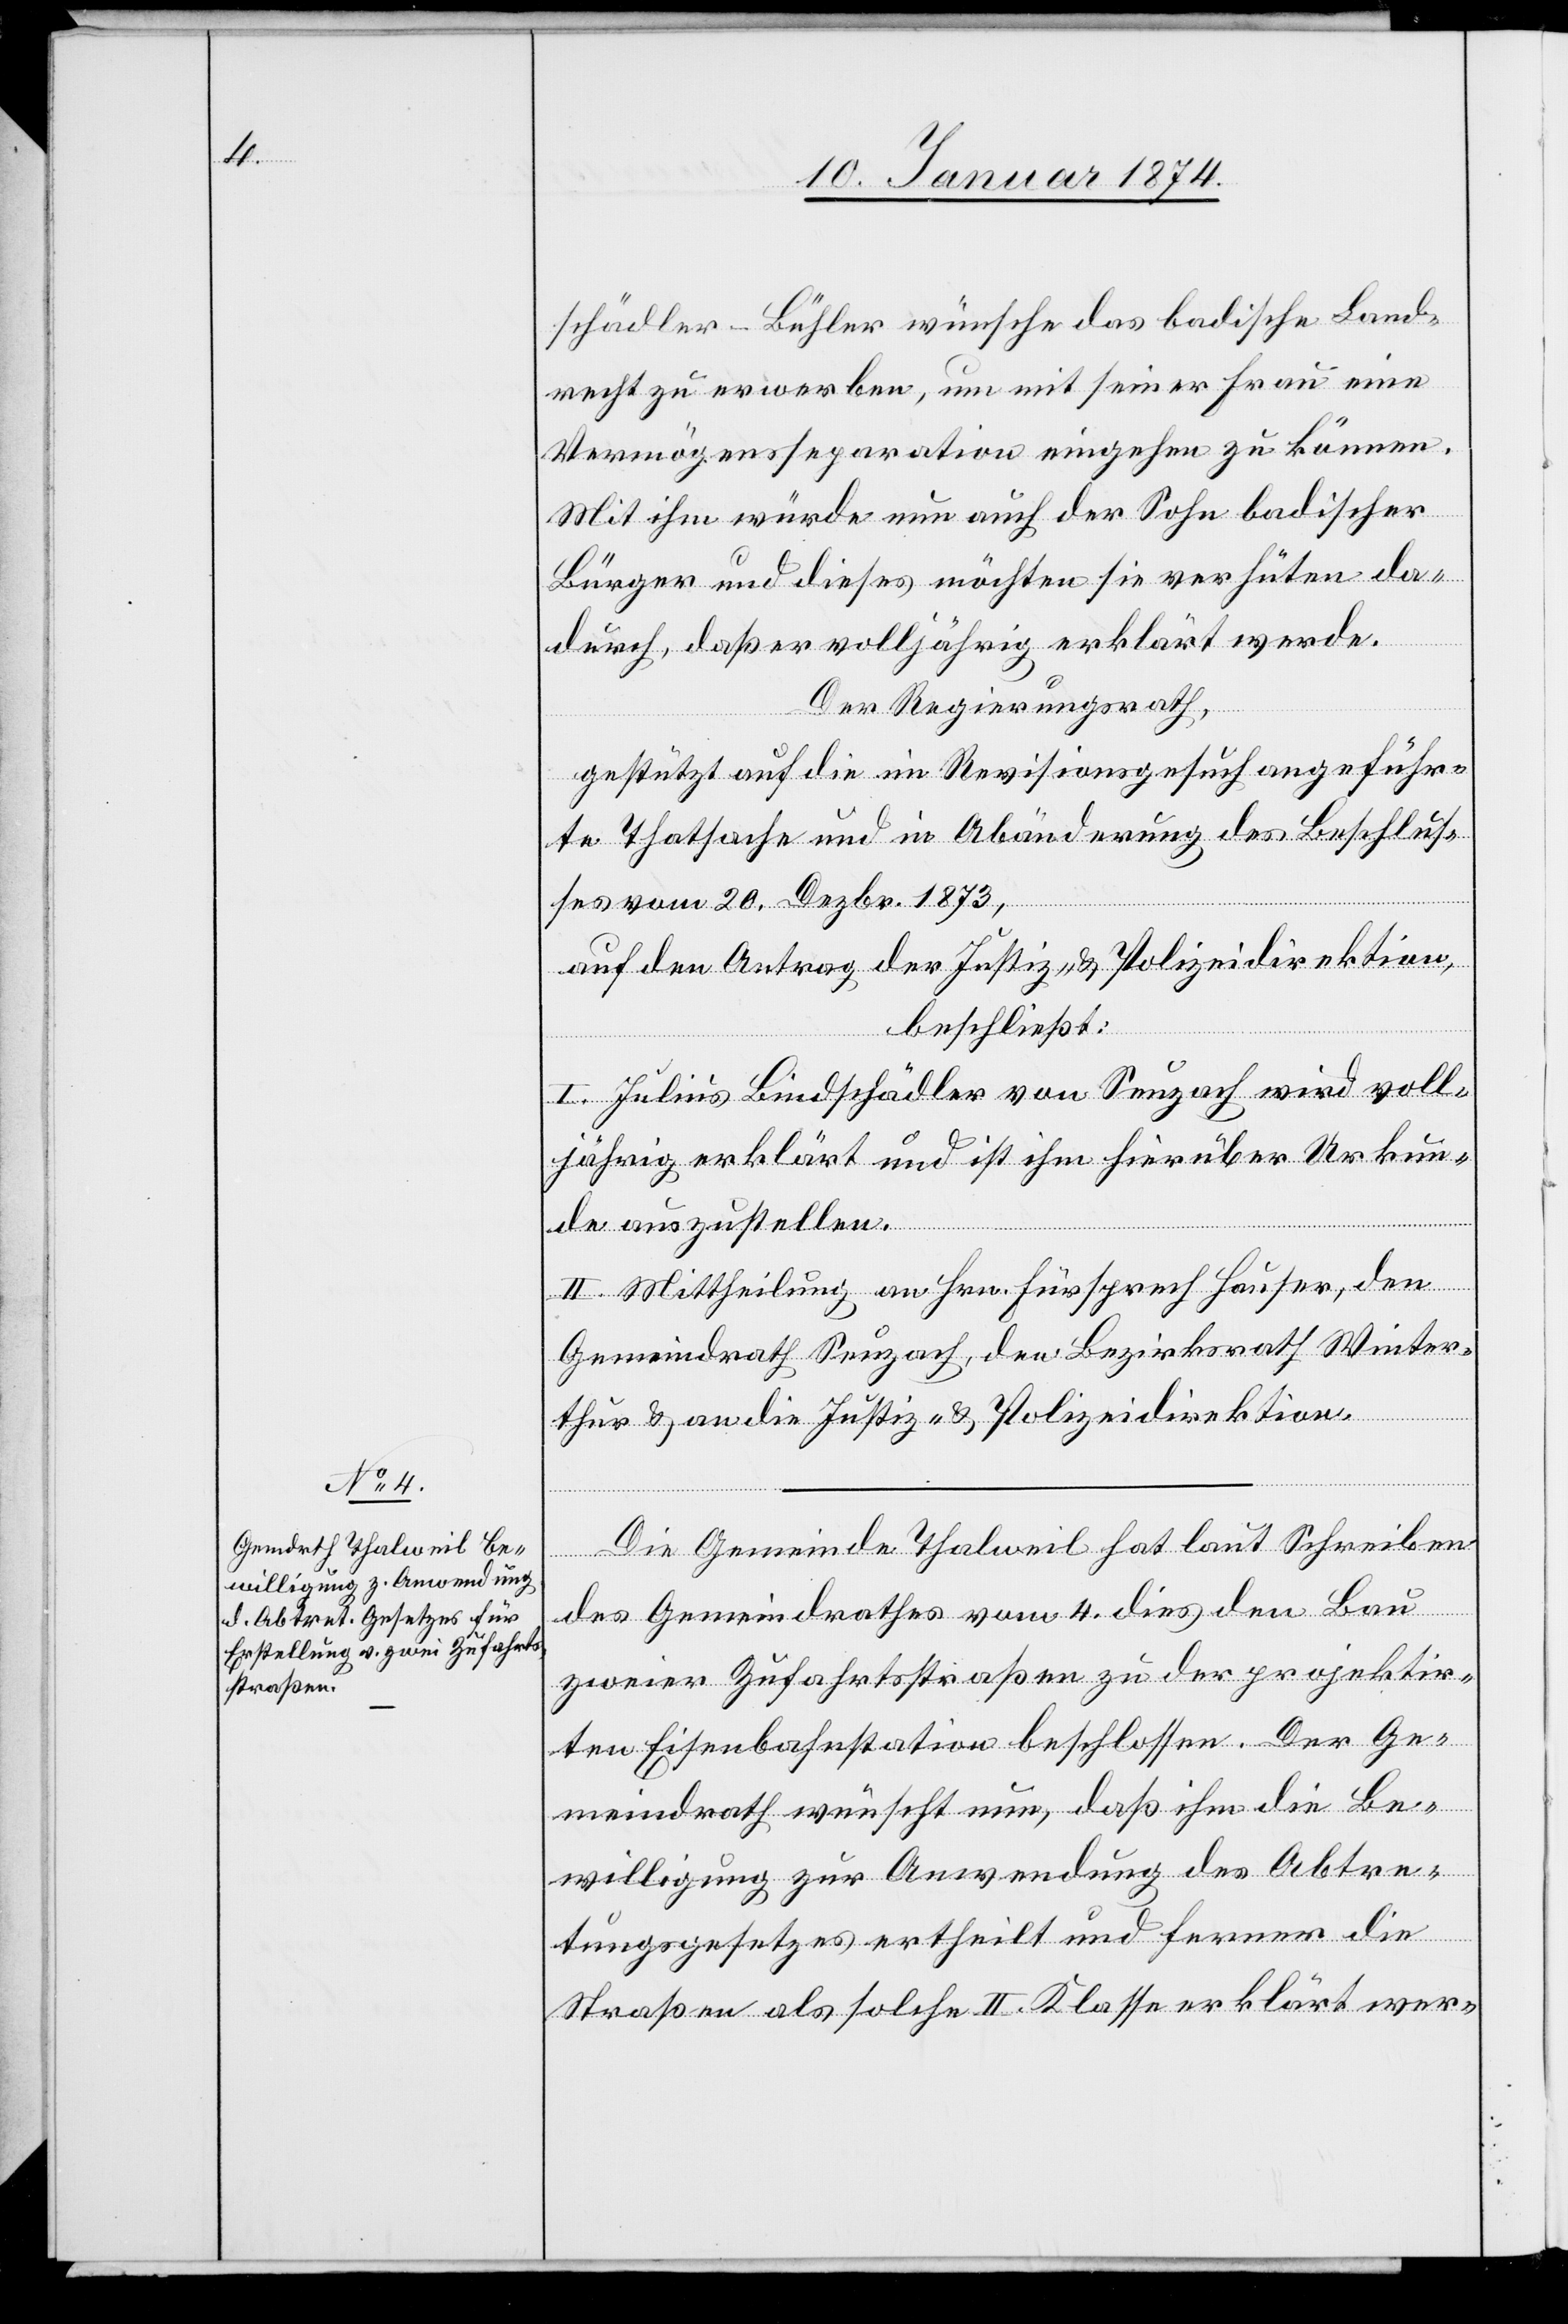
schädler-Bühler wünsche das badische Land¬
recht zu erwerben, um mit seiner Frau eine
Vermögensseparation eingehen zu können.
Mit ihm würde nun auch der Sohn badischer
Bürger und dieses möchten sie verhüten da¬
durch, daß er volljährig erklärt werde.
Der Regierungsrath,
gestützt auf die im Revisionsgesuch angeführ¬
te Thatsache und in Abänderung des Beschlus¬
ses vom 20. Dezbr. 1873,
auf den Antrag der Justiz- & Polizeidirektion,
beschließt:
I. Julius Bindschädler von Seuzach wird voll¬
jährig erklärt und ist ihm hierüber Urkun¬
de auszustellen.
II. Mittheilung an Hrn. Fürsprech Hauser, den
Gemeindrath Seuzach, den Bezirksrath Winter¬
thur & an die Justiz- & Polizeidirektion.
Die Gemeinde Thalweil hat laut Schreiben
des Gemeindrathes vom 4. dies den Bau
zweier Zufahrtsstraßen zu der projektir¬
ten Eisenbahnstation beschlossen. Der Ge¬
meindrath wünscht nun, daß ihm die Be¬
willigung zur Anwendung des Abtre¬
tungsgesetzes ertheilt und ferner die
Straße als solche II. Klasse erklärt wer-